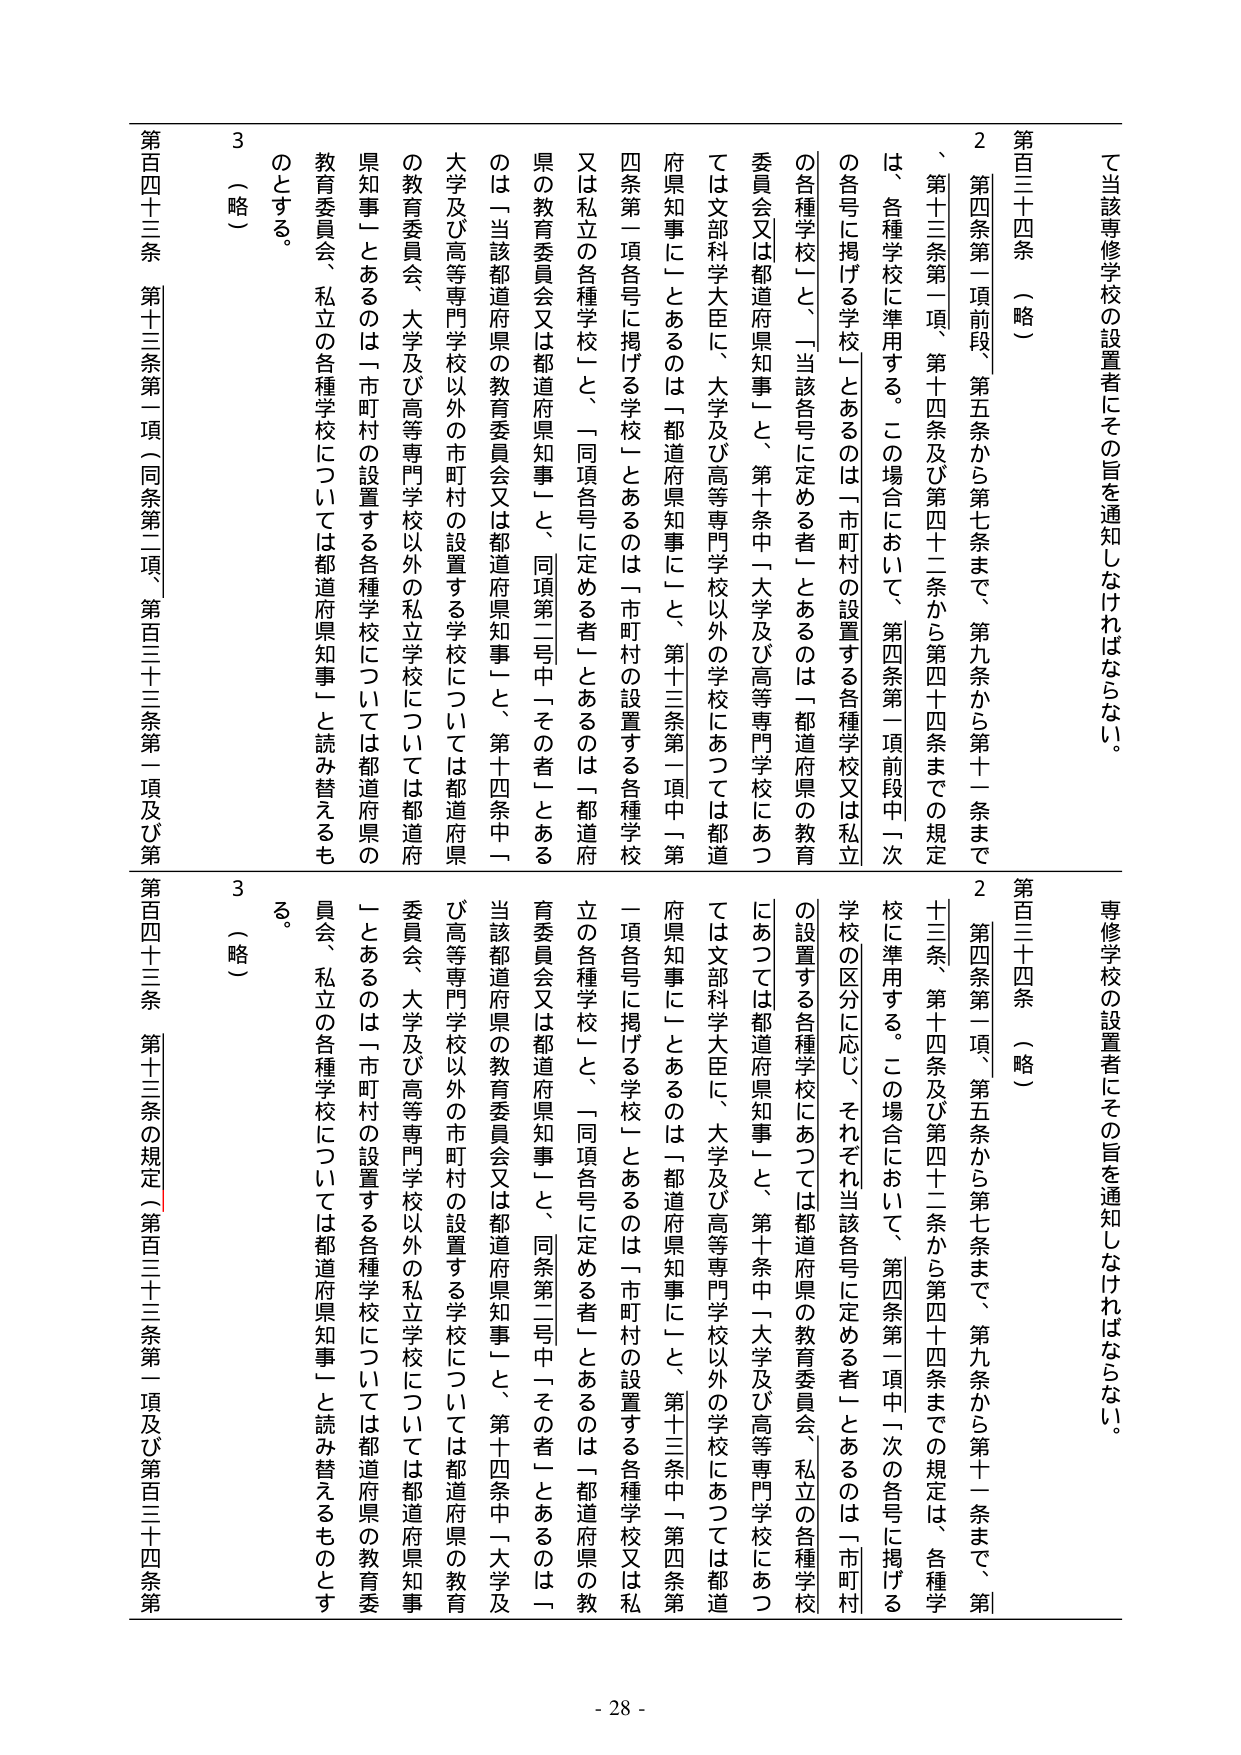
て当該専修学校の設置者にその旨を通知しなければならない。

第百三十四条（略）
２ 第四条第一項前段、第五条から第七条まで、第九条から第十一条まで、第十三条第一項、第十四条及び第四十二条から第四十四条までの規定は、各種学校に準用する。この場合において、第四条第一項前段中「次の各号に掲げる学校」とあるのは「市町村の設置する各種学校又は私立の各種学校」と、「当該各号に定める者」とあるのは「都道府県の教育委員会又は都道府県知事」と、第十条中「大学及び高等専門学校にあつては文部科学大臣に、大学及び高等専門学校以外の学校にあつては都道府県知事に」とあるのは「都道府県知事に」と、第十三条第一項中「第四条第一項各号に掲げる学校」とあるのは「市町村の設置する各種学校又は私立の各種学校」と、「同項各号に定める者」とあるのは「都道府県の教育委員会又は都道府県知事」と、同項第二号中「その者」とあるのは「当該都道府県の教育委員会又は都道府県知事」と、第十四条中「大学及び高等専門学校以外の市町村の設置する学校については都道府県の教育委員会、大学及び高等専門学校以外の私立学校については都道府県知事」とあるのは「市町村の設置する各種学校については都道府県の教育委員会、私立の各種学校については都道府県知事」と読み替えるものとする。

（略）

第百四十三条 第十三条第一項（同条第二項、第百三十三条第一項及び第

第百三十四条（略）
２ 第四条第一項、第五条から第七条まで、第九条から第十一条まで、第十三条、第十四条及び第四十二条から第四十四条までの規定は、各種学校に準用する。この場合において、第四条第一項中「次の各号に掲げる学校の区分に応じ、それぞれ当該各号に定める者」とあるのは「市町村の設置する各種学校にあつては都道府県の教育委員会、私立の各種学校にあつては都道府県知事」と、第十条中「大学及び高等専門学校にあつては文部科学大臣に、大学及び高等専門学校以外の学校にあつては都道府県知事に」とあるのは「都道府県知事に」と、第十三条中「第四条第一項各号に掲げる学校」とあるのは「市町村の設置する各種学校又は私立の各種学校」と、「同項各号に定める者」とあるのは「都道府県の教育委員会又は都道府県知事」と、同条第二号中「その者」とあるのは「当該都道府県の教育委員会又は都道府県知事」と、第十四条中「大学及び高等専門学校以外の市町村の設置する学校については都道府県の教育委員会、大学及び高等専門学校以外の私立学校については都道府県知事」とあるのは「市町村の設置する各種学校については都道府県の教育委員会、私立の各種学校については都道府県知事」と読み替えるものとする。

（略）

第百四十三条 第十三条の規定（第百三十三条第一項及び第百三十四条第

- 28 -